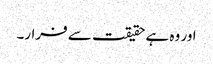
اور وہ ہے حقیقت سے فرار۔